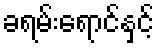
ခရမ်းရောင်နှင့်